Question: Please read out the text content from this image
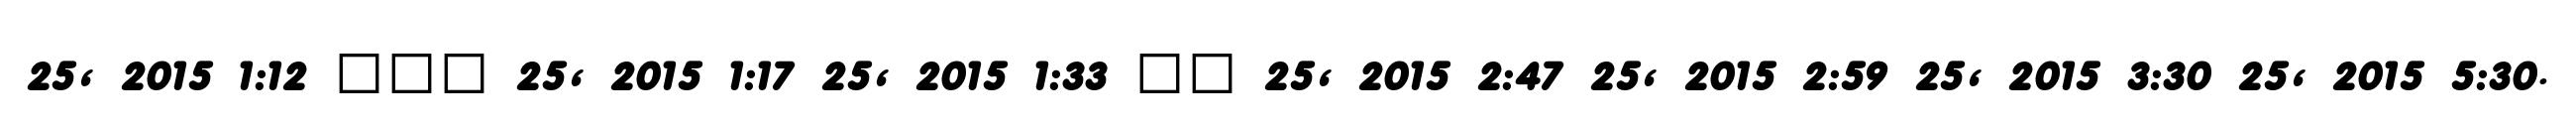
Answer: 25, 2015 1:12 ??? 25, 2015 1:17 25, 2015 1:33 ?? 25, 2015 2:47 25, 2015 2:59 25, 2015 3:30 25, 2015 5:30.